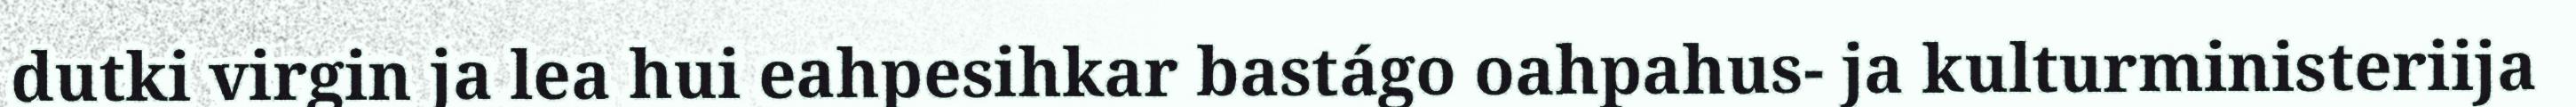
dutki virgin ja lea hui eahpesihkar bastágo oahpahus- ja kulturministeriija